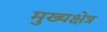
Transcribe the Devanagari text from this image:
मुख्यक्षेत्र